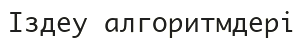
Іздеу алгоритмдері